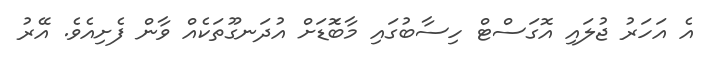
އެ އަހަރު ޖުލައި އޮގަސްޓް ހިސާބުގައި މާބޮަޑަށް އުދަނގޫތަކެއް ވާން ފެށިއެވެ. އޭރު